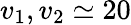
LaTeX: v_{1},v_{2}\simeq 20